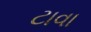
ટાવા